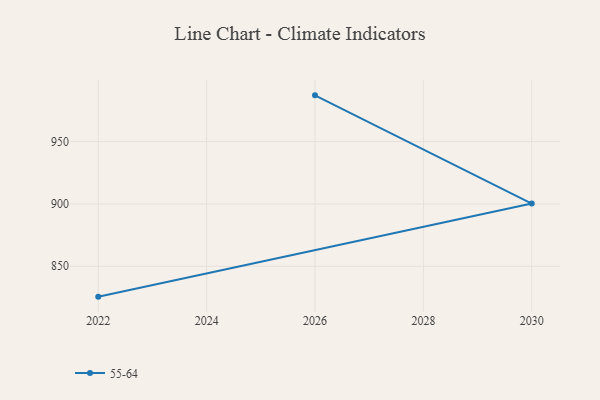
{"axis": {"x": "Year", "y": "Gross Profit (USD K)"}, "legend": ["55-64"], "data": [{"x": "2026", "y": 987.1, "type": "55-64"}, {"x": "2030", "y": 900.3, "type": "55-64"}, {"x": "2022", "y": 825.6, "type": "55-64"}]}